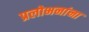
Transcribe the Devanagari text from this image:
प्रलोभनांना